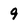
Character: 9